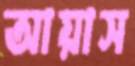
আয়াস